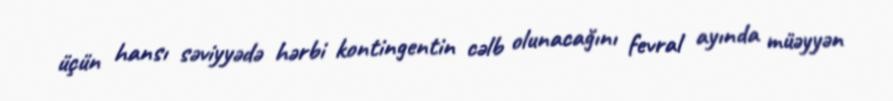
üçün hansı səviyyədə hərbi kontingentin cəlb olunacağını fevral ayında müəyyən